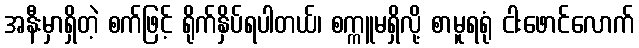
အနီးမှာရှိတဲ့ စက်ဖြင့် ရိုက်နှိပ်ရပါတယ်၊ စက္ကူမရှိလို့ စာမူရရုံ ငါးဖောင်လောက်